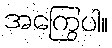
အကြွေပါ။